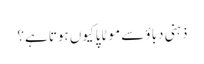
ذہنی دباؤ سے موٹاپا کیوں ہوتا ہے؟